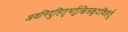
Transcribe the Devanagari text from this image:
अवनिदुहितृभर्तुश्चित्रकूटविहर्तु